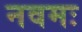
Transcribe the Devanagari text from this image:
नवमः